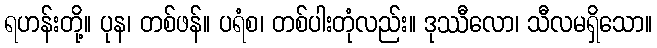
ရဟန်းတို့။ ပုန၊ တစ်ဖန်။ ပရံစ၊ တစ်ပါးတုံလည်း။ ဒုဿီလော၊ သီလမရှိသော။